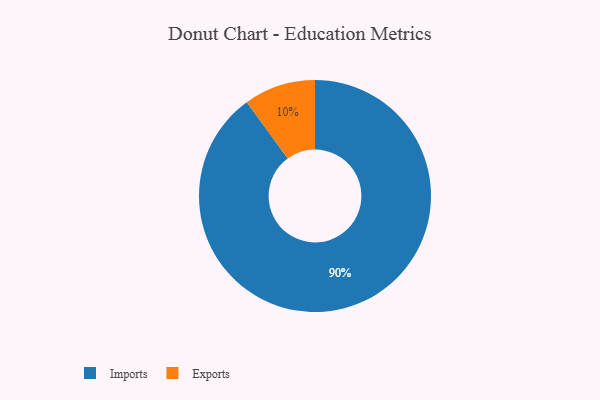
{"axis": {"x": "Category", "y": "Percentage"}, "legend": ["Exports", "Imports"], "data": [{"x": "Imports", "y": 90, "type": "Imports"}, {"x": "Exports", "y": 10, "type": "Exports"}]}